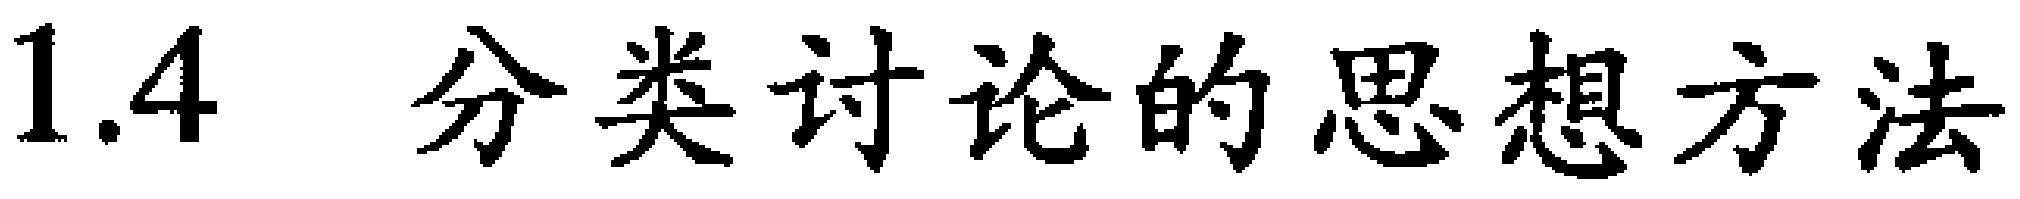
1.4 分类讨论的思想方法